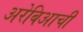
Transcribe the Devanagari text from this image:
अरेबिआची